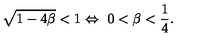
\sqrt { 1 - 4 \beta } < 1 \Leftrightarrow \ 0 < \beta < { \frac { 1 } { 4 } } .